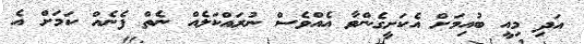
އަދި މިއީ ބުއިމަށް އެކަށީގެންވާ އެއްވެސް ނުރައްކަލެއް ނެތް ފެނެއް ކަމަށް އެ